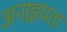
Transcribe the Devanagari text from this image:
अनाज्ञयता